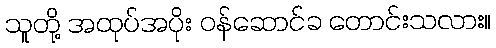
သူတို့ အထုပ်အပိုး ဝန်ဆောင်ခ တောင်းသလား။